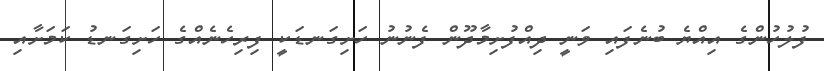
ފުލުހުންގެ އިއްޔެ ބުނެފައި ވަނީ ދިއްފުށިމާދޫން ފެނުނު ހަށިގަނޑަކީ ފިރިހެނެއްގެ ހަށިގަނޑު ކަމަށާއި